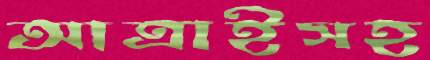
আত্রাইসহ